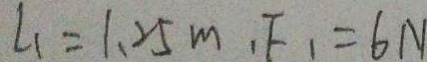
L _ { 1 } = 1 . 2 5 m , F _ { 1 } = 6 N